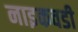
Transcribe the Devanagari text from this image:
नाइकवडी